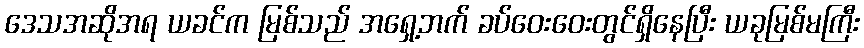
ဒေသအဆိုအရ ယခင်က မြစ်သည် အရှေ့ဘက် ခပ်ဝေးဝေးတွင်ရှိနေပြီး ယခုမြစ်မကြီး